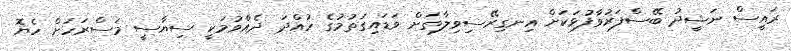
ރައީސް ނަޝީދު ބޭސްފަރުވާފުޅަކަށް އިނގިރޭސިވިލާތަށް ވަޑައިގަތުމުގެ ހުއްދަ ދެއްވުމަކީ ސިޔާސީ މަސްރަހަށް ހެޔޮ